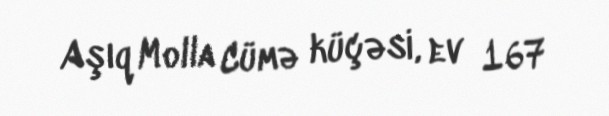
Aşıq Molla Cümə küçəsi, ev 167